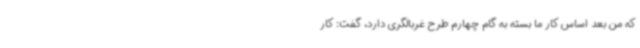
که من بعد اساس کار ما بسته به گام چهارم طرح غربالگری دارد، گفت: کار